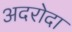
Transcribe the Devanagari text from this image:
अदरोदा